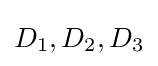
D_{1},D_{2},D_{3}